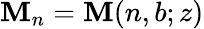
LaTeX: \mathbf{M}_{n}=\mathbf{M}(n,b;z)